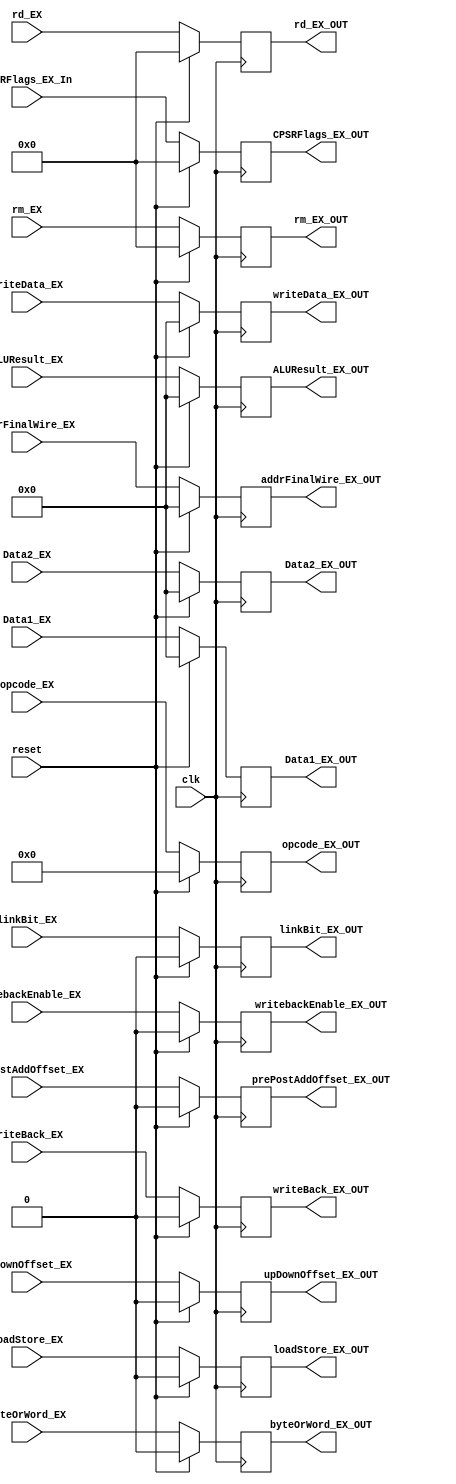
module executeRegister (Data1_EX, Data2_EX, linkBit_EX, prePostAddOffset_EX,
								upDownOffset_EX, byteOrWord_EX, writeBack_EX, loadStore_EX,
								rd_EX, rm_EX, opcode_EX, writebackEnable_EX,
								writeData_EX, addrFinalWire_EX, ALUResult_EX, CPSRFlags_EX_In,
								
								Data1_EX_OUT, Data2_EX_OUT, linkBit_EX_OUT, prePostAddOffset_EX_OUT,
								upDownOffset_EX_OUT, byteOrWord_EX_OUT, writeBack_EX_OUT, loadStore_EX_OUT,
								rd_EX_OUT, rm_EX_OUT, opcode_EX_OUT, writebackEnable_EX_OUT,
								writeData_EX_OUT, addrFinalWire_EX_OUT, ALUResult_EX_OUT,
								CPSRFlags_EX_OUT,
								reset, clk);
								

	input wire [31:0] Data1_EX;
	input wire [31:0] Data2_EX;
	input wire linkBit_EX, prePostAddOffset_EX, upDownOffset_EX, byteOrWord_EX, writeBack_EX, loadStore_EX, writebackEnable_EX, reset, clk;
	input wire [3:0] rd_EX;
	input wire [3:0] rm_EX;
	input wire [4:0]opcode_EX;
	input wire [31:0] writeData_EX;
	input wire [31:0] addrFinalWire_EX;
	input wire [31:0] ALUResult_EX;
	input wire [3:0] CPSRFlags_EX_In;
	

	output reg [31:0] Data1_EX_OUT;
	output reg [31:0] Data2_EX_OUT;
	output reg linkBit_EX_OUT, prePostAddOffset_EX_OUT, upDownOffset_EX_OUT, byteOrWord_EX_OUT, writeBack_EX_OUT, loadStore_EX_OUT, writebackEnable_EX_OUT;
	output reg [3:0] rd_EX_OUT;
	output reg [3:0] rm_EX_OUT;
	output reg [4:0]opcode_EX_OUT;
	output reg [31:0] writeData_EX_OUT;
	output reg [31:0] addrFinalWire_EX_OUT;
	output reg [31:0] ALUResult_EX_OUT;
	output reg [3:0] CPSRFlags_EX_OUT;


		
	 always @(posedge clk) begin
		 if (reset) begin
			// On reset, set to 0
			
	Data1_EX_OUT <= 0;
	Data2_EX_OUT <= 0;
	linkBit_EX_OUT <= 0;
	prePostAddOffset_EX_OUT <= 0;
	upDownOffset_EX_OUT <= 0;
	byteOrWord_EX_OUT <= 0;
	writeBack_EX_OUT <= 0;
	loadStore_EX_OUT <= 0;
	writebackEnable_EX_OUT <= 0;
	rd_EX_OUT <= 0;
	rm_EX_OUT <= 0;
	opcode_EX_OUT <= 0;
	writeData_EX_OUT <= 0;
	addrFinalWire_EX_OUT <= 0;
	ALUResult_EX_OUT <= 0;
	CPSRFlags_EX_OUT <= 0;
	
		 end
		 else begin
	Data1_EX_OUT <= Data1_EX;
	Data2_EX_OUT <= Data2_EX;
	linkBit_EX_OUT <= linkBit_EX;
	prePostAddOffset_EX_OUT <= prePostAddOffset_EX;
	upDownOffset_EX_OUT <= upDownOffset_EX;
	byteOrWord_EX_OUT <= byteOrWord_EX;
	writeBack_EX_OUT <= writeBack_EX;
	loadStore_EX_OUT <= loadStore_EX;
	writebackEnable_EX_OUT <= writebackEnable_EX;
	rd_EX_OUT <= rd_EX;
	rm_EX_OUT <= rm_EX;
	opcode_EX_OUT <= opcode_EX;
	writeData_EX_OUT <= writeData_EX;	
	addrFinalWire_EX_OUT <= addrFinalWire_EX;
	ALUResult_EX_OUT <= ALUResult_EX;
	CPSRFlags_EX_OUT <= CPSRFlags_EX_In;
	
		end			
	 end
endmodule